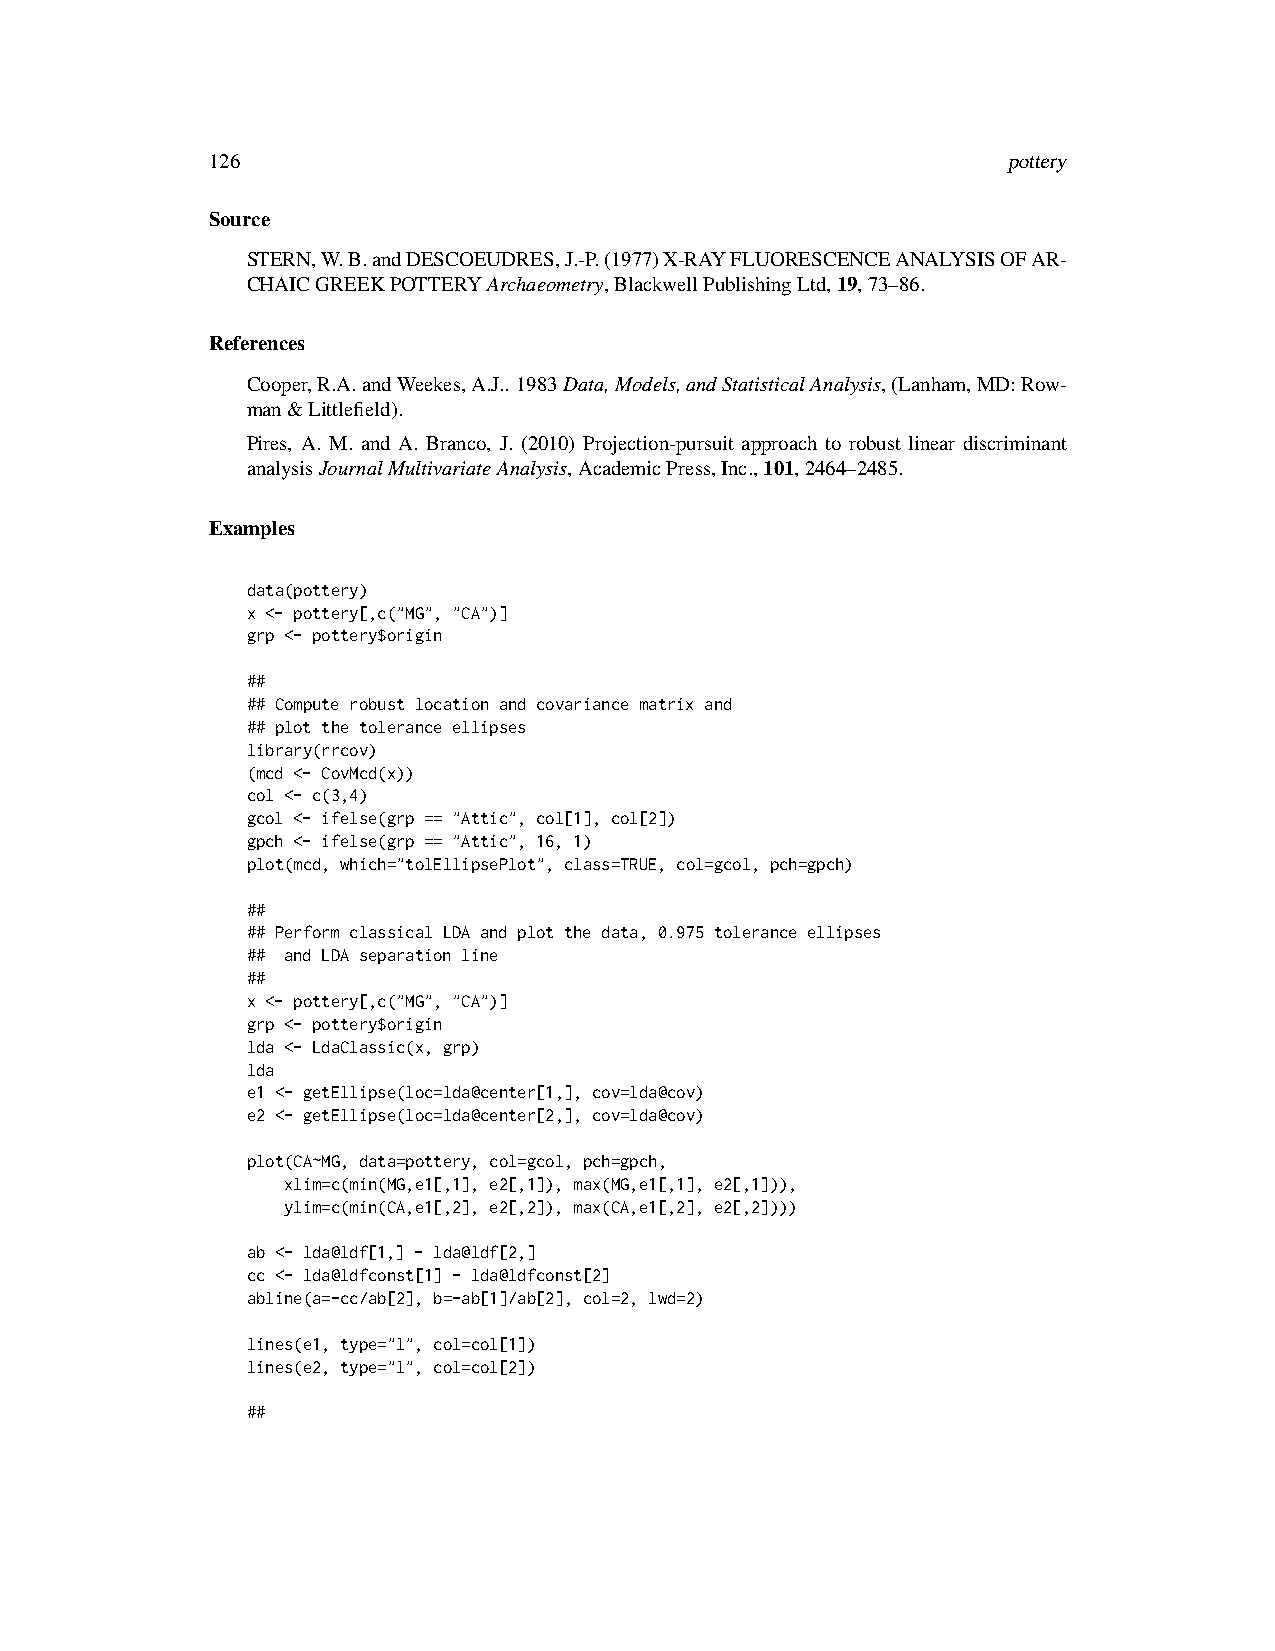
126                                                  pottery
 Source
 STERN,W.B.andDESCOEUDRES,J.-P.(1977)X-RAYFLUORESCENCEANALYSISOFAR-
 CHAICGREEKPOTTERYArchaeometry,BlackwellPublishingLtd,19,73–86.
 References
 Cooper,R.A.andWeekes,A.J.. 1983Data,Models,andStatisticalAnalysis,(Lanham,MD:Row-
 man&Littlefield).
 Pires, A. M. and A. Branco, J. (2010) Projection-pursuit approach to robust linear discriminant
 analysisJournalMultivariateAnalysis,AcademicPress,Inc.,101,2464–2485.
 Examples
 data(pottery)
 x <- pottery[,c("MG", "CA")]
 grp <- pottery$origin
 ##
 ## Compute robust location and covariance matrix and
 ## plot the tolerance ellipses
 library(rrcov)
 (mcd <- CovMcd(x))
 col <- c(3,4)
 gcol <- ifelse(grp == "Attic", col[1], col[2])
 gpch <- ifelse(grp == "Attic", 16, 1)
 plot(mcd, which="tolEllipsePlot", class=TRUE, col=gcol, pch=gpch)
 ##
 ## Perform classical LDA and plot the data, 0.975 tolerance ellipses
 ## and LDA separation line
 ##
 x <- pottery[,c("MG", "CA")]
 grp <- pottery$origin
 lda <- LdaClassic(x, grp)
 lda
 e1 <- getEllipse(loc=lda@center[1,], cov=lda@cov)
 e2 <- getEllipse(loc=lda@center[2,], cov=lda@cov)
 plot(CA~MG, data=pottery, col=gcol, pch=gpch,
 xlim=c(min(MG,e1[,1], e2[,1]), max(MG,e1[,1], e2[,1])),
 ylim=c(min(CA,e1[,2], e2[,2]), max(CA,e1[,2], e2[,2])))
 ab <- lda@ldf[1,] - lda@ldf[2,]
 cc <- lda@ldfconst[1] - lda@ldfconst[2]
 abline(a=-cc/ab[2], b=-ab[1]/ab[2], col=2, lwd=2)
 lines(e1, type="l", col=col[1])
 lines(e2, type="l", col=col[2])
 ##